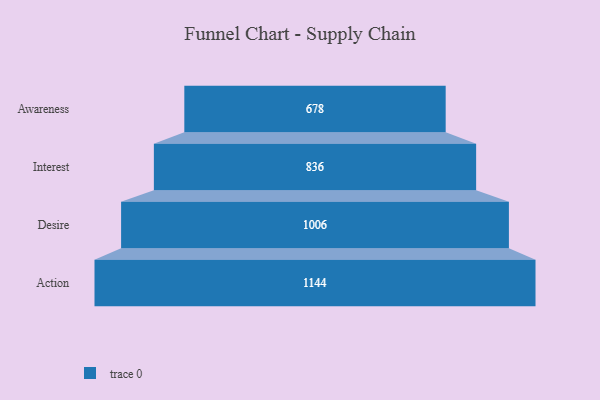
{"axis": {"x": "Stage", "y": "Value"}, "legend": [""], "data": [{"x": "Awareness", "y": 678.0, "type": ""}, {"x": "Interest", "y": 836.0, "type": ""}, {"x": "Desire", "y": 1006.0, "type": ""}, {"x": "Action", "y": 1144.0, "type": ""}]}